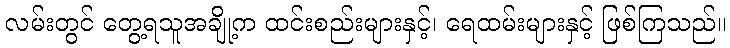
လမ်းတွင် တွေ့ရသူအချို့က ထင်းစည်းများနှင့်၊ ရေထမ်းများနှင့် ဖြစ်ကြသည်။